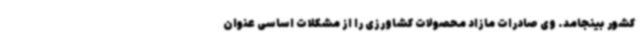
کشور بینجامد. وی صادرات مازاد محصولات کشاورزی را از مشکلات اساسی عنوان